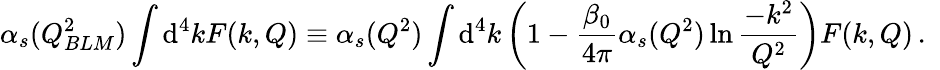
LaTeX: \alpha_{s}(Q_{BLM}^{2})\int\mathrm{d}^{4}kF(k,Q)\equiv\alpha_{s}(Q^{2})\int\mathrm{d}^{4}k\left(1-\frac{\beta_{0}}{4\pi}\alpha_{s}(Q^{2})\ln\frac{-k^{2}}{Q^{2}}\right)F(k,Q)\, .\, \, \,